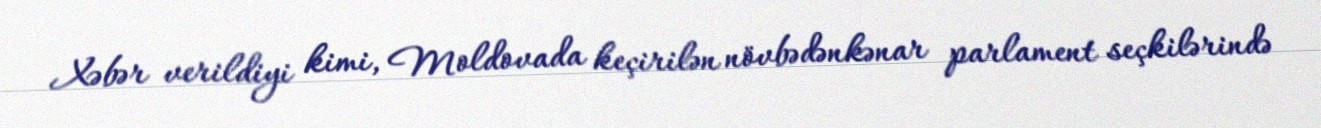
Xəbər verildiyi kimi, Moldovada keçirilən növbədənkənar parlament seçkilərində